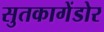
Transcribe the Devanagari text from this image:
सुतकागेंडोर